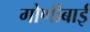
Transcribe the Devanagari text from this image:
गोणीबाई